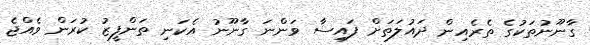
ގާނޫނުތަކުގެ ތެރެއިން ދައުލަތަށް ފައިސާ ވަންނަ ގާނޫނު އެކަނި ތަންފީޒު ކުރަން ވެއްޖެ